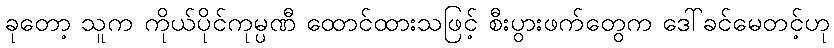
ခုတော့ သူက ကိုယ်ပိုင်ကုမ္ပဏီ ထောင်ထားသဖြင့် စီးပွားဖက်တွေက ဒေါ်ခင်မေတင့်ဟု